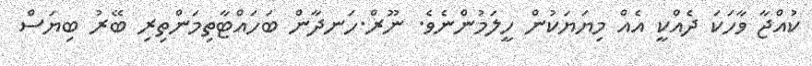
ކުއްޖާ ވާހަކަ ދެއްކީ އެއް މިޔަޔަކުން ހީލަމުންނެވެ. ނޫރް.ހަނދާން ބަހައްޓާތިމަންތިރި ބޭރު ބިޔަސް